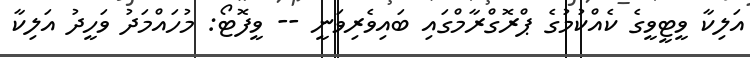
އަލިކާ ވީޓީވީގެ ކެއްކުމުގެ ޕްރޮގްރާމްގައި ބައިވެރިވަނީ -- ވީފޮޓޯ: މުހައްމަދު ވަހީދު އަލިކާ